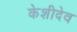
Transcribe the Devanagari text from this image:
केशीदेव